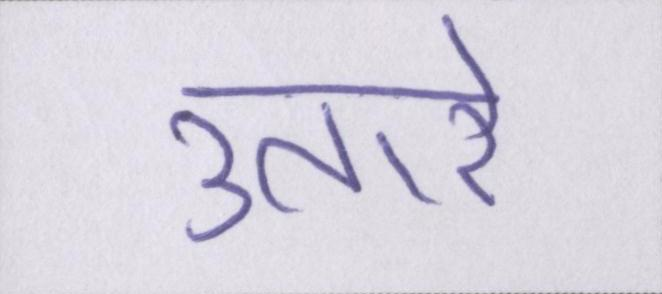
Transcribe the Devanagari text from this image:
उतारे